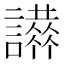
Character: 𧭪